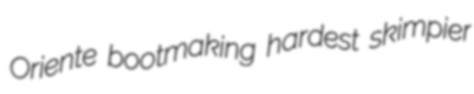
Oriente bootmaking hardest skimpier